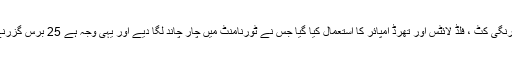
یہ ایونٹ اس لحاظ سے بھی یادگار تھا کہ پہلی مرتبہ کسی ورلڈ کپ میں سفید گیند، رنگ برنگی کٹ ، فلڈ لائٹس اور تھرڈ امپائر کا استعمال کیا گیا جس نے ٹورنامنٹ میں چار چاند لگا دیے اور یہی وجہ ہے 25 برس گزرنے کے باوجود یہ آئی سی سی کے کامیاب ترین ٹورنامنٹس میں سے ایک قرار دیا جاتا ہے۔